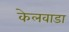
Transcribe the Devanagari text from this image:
केलवाडा